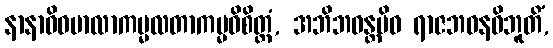
နာနာဝိဓမာလာကမ္မလတာကမ္မဝိစိတ္တံ, အဘိဘဝန္တမိဝ ရာဇဘဝနဝိဘူတိံ,